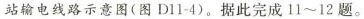
站输电线路示意图(图D11-4)。据此完成11~12题。